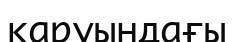
қаруындағы